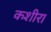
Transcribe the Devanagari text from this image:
कशीरा